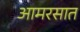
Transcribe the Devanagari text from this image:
आमरसात